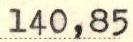
140,85